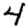
Digit: 4